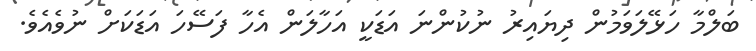
ބަލްމާ ހަޅޭލަވަމުން ދިޔައިރު ނުކުންނަ އަޑަކީ އަހާލަން އެހާ ފަސޭހަ އަޑަކަށް ނުވެއެވެ.